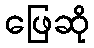
ဖြေဆို